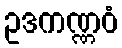
ဥဒကဏ္ဏဝံ